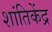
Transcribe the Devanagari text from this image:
शांतिकेंद्र